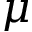
\mu